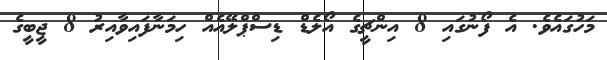
މަހުގައެވެ. އެ ފޯނުގައި 8 އިންޗީގެ އޯލެޑް ޑިސްޕްލޭއެއް ހިމަނާފައިވާއިރު 8 ޖީބީގެ